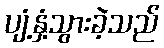
ပျံ့နှံ့သွားခဲ့သည်